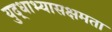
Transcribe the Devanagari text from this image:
युद्धाभ्यासक्षमता